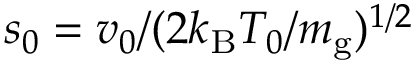
s _ { 0 } = v _ { 0 } / ( 2 k _ { \mathrm { B } } T _ { 0 } / m _ { \mathrm { g } } ) ^ { 1 / 2 }